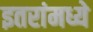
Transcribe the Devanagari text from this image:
इतरांमध्ये